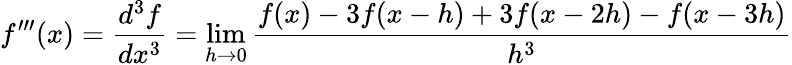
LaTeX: f^{\prime\prime\prime}(x)={\frac{d^{3}f}{dx^{3}}}=\operatorname*{lim}_{h\rightarrow 0}{\frac{f(x)-3f(x-h)+3f(x-2h)-f(x-3h)}{h^{3}}}